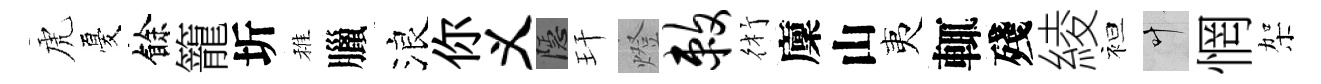
虎憂餘籠圻稚臘浪你义隱玕燈敕術廩山夷輒殘綾袒叶惘架